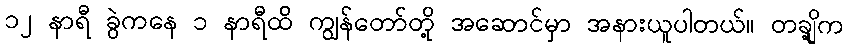
၁၂ နာရီ ခွဲကနေ ၁ နာရီထိ ကျွန်တော်တို့ အဆောင်မှာ အနားယူပါတယ်။ တချို့က